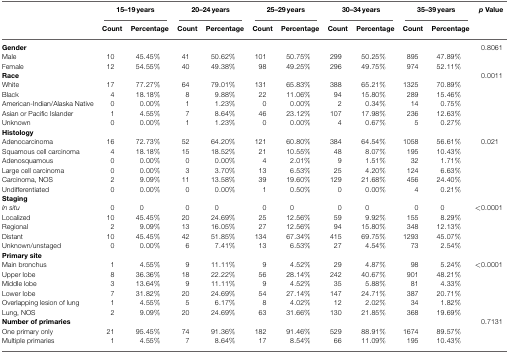
<table><thead><tr><td></td><td colspan="2"><b>15–19 years</b></td><td colspan="2"><b>20–24 years</b></td><td colspan="2"><b>25–29 years</b></td><td colspan="2"><b>30–34 years</b></td><td colspan="2"><b>35–39 years</b></td><td><b><i>p</i> Value</b></td></tr><tr><td></td><td><b>Count</b></td><td><b>Percentage</b></td><td><b>Count</b></td><td><b>Percentage</b></td><td><b>Count</b></td><td><b>Percentage</b></td><td><b>Count</b></td><td><b>Percentage</b></td><td><b>Count</b></td><td><b>Percentage</b></td><td></td></tr></thead><tbody><tr><td><b>Gender</b></td><td></td><td></td><td></td><td></td><td></td><td></td><td></td><td></td><td></td><td></td><td>0.8061</td></tr><tr><td>Male</td><td>10</td><td>45.45%</td><td>41</td><td>50.62%</td><td>101</td><td>50.75%</td><td>299</td><td>50.25%</td><td>895</td><td>47.89%</td><td></td></tr><tr><td>Female</td><td>12</td><td>54.55%</td><td>40</td><td>49.38%</td><td>98</td><td>49.25%</td><td>296</td><td>49.75%</td><td>974</td><td>52.11%</td><td></td></tr><tr><td><b>Race</b></td><td></td><td></td><td></td><td></td><td></td><td></td><td></td><td></td><td></td><td></td><td>0.0011</td></tr><tr><td>White</td><td>17</td><td>77.27%</td><td>64</td><td>79.01%</td><td>131</td><td>65.83%</td><td>388</td><td>65.21%</td><td>1325</td><td>70.89%</td><td></td></tr><tr><td>Black</td><td>4</td><td>18.18%</td><td>8</td><td>9.88%</td><td>22</td><td>11.06%</td><td>94</td><td>15.80%</td><td>289</td><td>15.46%</td><td></td></tr><tr><td>American-Indian/Alaska Native</td><td>0</td><td>0.00%</td><td>1</td><td>1.23%</td><td>0</td><td>0.00%</td><td>2</td><td>0.34%</td><td>14</td><td>0.75%</td><td></td></tr><tr><td>Asian or Pacific Islander</td><td>1</td><td>4.55%</td><td>7</td><td>8.64%</td><td>46</td><td>23.12%</td><td>107</td><td>17.98%</td><td>236</td><td>12.63%</td><td></td></tr><tr><td>Unknown</td><td>0</td><td>0.00%</td><td>1</td><td>1.23%</td><td>0</td><td>0.00%</td><td>4</td><td>0.67%</td><td>5</td><td>0.27%</td><td></td></tr><tr><td><b>Histology</b></td><td></td><td></td><td></td><td></td><td></td><td></td><td></td><td></td><td></td><td></td><td></td></tr><tr><td>Adenocarcinoma</td><td>16</td><td>72.73%</td><td>52</td><td>64.20%</td><td>121</td><td>60.80%</td><td>384</td><td>64.54%</td><td>1058</td><td>56.61%</td><td>0.021</td></tr><tr><td>Squamous cell carcinoma</td><td>4</td><td>18.18%</td><td>15</td><td>18.52%</td><td>21</td><td>10.55%</td><td>48</td><td>8.07%</td><td>195</td><td>10.43%</td><td></td></tr><tr><td>Adenosquamous</td><td>0</td><td>0.00%</td><td>0</td><td>0.00%</td><td>4</td><td>2.01%</td><td>9</td><td>1.51%</td><td>32</td><td>1.71%</td><td></td></tr><tr><td>Large cell carcinoma</td><td>0</td><td>0.00%</td><td>3</td><td>3.70%</td><td>13</td><td>6.53%</td><td>25</td><td>4.20%</td><td>124</td><td>6.63%</td><td></td></tr><tr><td>Carcinoma, NOS</td><td>2</td><td>9.09%</td><td>11</td><td>13.58%</td><td>39</td><td>19.60%</td><td>129</td><td>21.68%</td><td>456</td><td>24.40%</td><td></td></tr><tr><td>Undifferentiated</td><td>0</td><td>0.00%</td><td>0</td><td>0.00%</td><td>1</td><td>0.50%</td><td>0</td><td>0.00%</td><td>4</td><td>0.21%</td><td></td></tr><tr><td><b>Staging</b></td><td></td><td></td><td></td><td></td><td></td><td></td><td></td><td></td><td></td><td></td><td></td></tr><tr><td><i>In situ</i></td><td>0</td><td>0</td><td>0</td><td>0</td><td>0</td><td>0</td><td>0</td><td>0</td><td>0</td><td>0</td><td>&lt;0.0001</td></tr><tr><td>Localized</td><td>10</td><td>45.45%</td><td>20</td><td>24.69%</td><td>25</td><td>12.56%</td><td>59</td><td>9.92%</td><td>155</td><td>8.29%</td><td></td></tr><tr><td>Regional</td><td>2</td><td>9.09%</td><td>13</td><td>16.05%</td><td>27</td><td>12.56%</td><td>94</td><td>15.80%</td><td>348</td><td>12.13%</td><td></td></tr><tr><td>Distant</td><td>10</td><td>45.45%</td><td>42</td><td>51.85%</td><td>134</td><td>67.34%</td><td>415</td><td>69.75%</td><td>1293</td><td>45.07%</td><td></td></tr><tr><td>Unknown/unstaged</td><td>0</td><td>0.00%</td><td>6</td><td>7.41%</td><td>13</td><td>6.53%</td><td>27</td><td>4.54%</td><td>73</td><td>2.54%</td><td></td></tr><tr><td><b>Primary site</b></td><td></td><td></td><td></td><td></td><td></td><td></td><td></td><td></td><td></td><td></td><td></td></tr><tr><td>Main bronchus</td><td>1</td><td>4.55%</td><td>9</td><td>11.11%</td><td>9</td><td>4.52%</td><td>29</td><td>4.87%</td><td>98</td><td>5.24%</td><td>&lt;0.0001</td></tr><tr><td>Upper lobe</td><td>8</td><td>36.36%</td><td>18</td><td>22.22%</td><td>56</td><td>28.14%</td><td>242</td><td>40.67%</td><td>901</td><td>48.21%</td><td></td></tr><tr><td>Middle lobe</td><td>3</td><td>13.64%</td><td>9</td><td>11.11%</td><td>9</td><td>4.52%</td><td>35</td><td>5.88%</td><td>81</td><td>4.33%</td><td></td></tr><tr><td>Lower lobe</td><td>7</td><td>31.82%</td><td>20</td><td>24.69%</td><td>54</td><td>27.14%</td><td>147</td><td>24.71%</td><td>387</td><td>20.71%</td><td></td></tr><tr><td>Overlapping lesion of lung</td><td>1</td><td>4.55%</td><td>5</td><td>6.17%</td><td>8</td><td>4.02%</td><td>12</td><td>2.02%</td><td>34</td><td>1.82%</td><td></td></tr><tr><td>Lung, NOS</td><td>2</td><td>9.09%</td><td>20</td><td>24.69%</td><td>63</td><td>31.66%</td><td>130</td><td>21.85%</td><td>368</td><td>19.69%</td><td></td></tr><tr><td><b>Number of primaries</b></td><td></td><td></td><td></td><td></td><td></td><td></td><td></td><td></td><td></td><td></td><td>0.7131</td></tr><tr><td>One primary only</td><td>21</td><td>95.45%</td><td>74</td><td>91.36%</td><td>182</td><td>91.46%</td><td>529</td><td>88.91%</td><td>1674</td><td>89.57%</td><td></td></tr><tr><td>Multiple primaries</td><td>1</td><td>4.55%</td><td>7</td><td>8.64%</td><td>17</td><td>8.54%</td><td>66</td><td>11.09%</td><td>195</td><td>10.43%</td><td></td></tr></tbody></table>